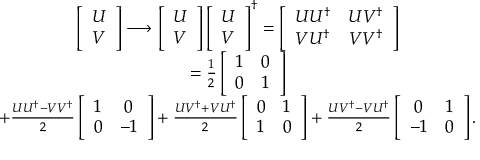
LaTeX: \begin{array} { c } { { \left[ \begin{array} { c } { { U } } \\ { { V } } \end{array} \right] \longrightarrow \left[ \begin{array} { c } { { U } } \\ { { V } } \end{array} \right] \left[ \begin{array} { c } { { U } } \\ { { V } } \end{array} \right] ^ { \dagger } = \left[ \begin{array} { c c } { { U U ^ { \dagger } } } & { { U V ^ { \dagger } } } \\ { { V U ^ { \dagger } } } & { { V V ^ { \dagger } } } \end{array} \right] } } \\ { { = \frac { 1 } { 2 } \left[ \begin{array} { c c } { { 1 } } & { { 0 } } \\ { { 0 } } & { { 1 } } \end{array} \right] } } \\ { { + \frac { U U ^ { \dagger } - V V ^ { \dagger } } { 2 } \left[ \begin{array} { c c } { { 1 } } & { { 0 } } \\ { { 0 } } & { { - 1 } } \end{array} \right] + \frac { U V ^ { \dagger } + V U ^ { \dagger } } { 2 } \left[ \begin{array} { c c } { { 0 } } & { { 1 } } \\ { { 1 } } & { { 0 } } \end{array} \right] + \frac { U V ^ { \dagger } - V U ^ { \dagger } } { 2 } \left[ \begin{array} { c c } { { 0 } } & { { 1 } } \\ { { - 1 } } & { { 0 } } \end{array} \right] . } } \end{array}